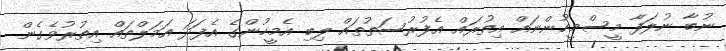
ނުބާ ނުލަފާ މީސްމީހުންނައް އިތުރައް އެފުރުސަތުތައް ލިބި އެމީހުންގެ އެފަދަ އަމަލްތައް އިތުރުވެގެން